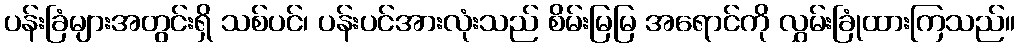
ပန်းခြံများအတွင်းရှိ သစ်ပင်၊ ပန်းပင်အားလုံးသည် စိမ်းမြမြ အရောင်ကို လွှမ်းခြုံထားကြသည်။